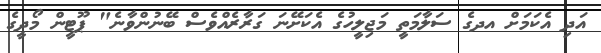
އަދި އެކަމަށް އދގެ ސަލާމަތީ މަޖިލީހުގެ އެކަށޭނަ ގަރާރެއްވެސް ބޭނުންވާނެ" ޕޫޓީން މޯދީގެ